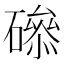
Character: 𥕺